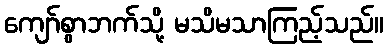
ကျော်စွာဘက်သို့ မသိမသာကြည့်သည်။